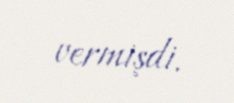
vermişdi.